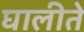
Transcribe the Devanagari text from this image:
घालीते